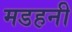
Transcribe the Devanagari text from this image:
मडहनी